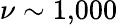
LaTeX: \nu\sim 1,\! 000